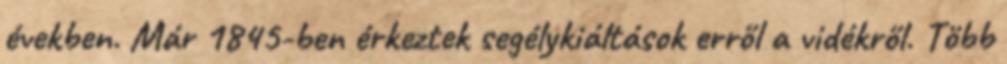
években. Már 1845-ben érkeztek segélykiáltások erről a vidékről. Több